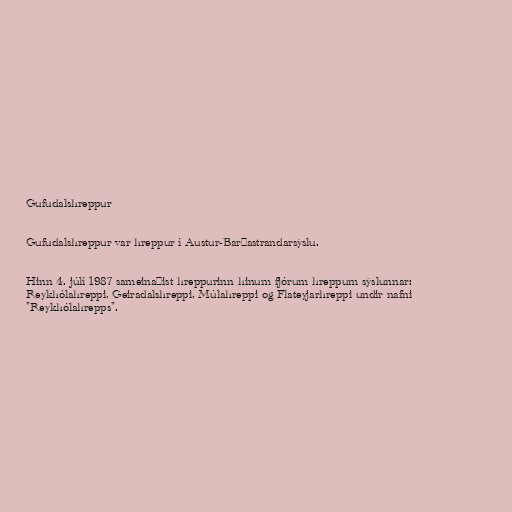
Gufudalshreppur

Gufudalshreppur var hreppur í Austur-Barðastrandarsýslu.

Hinn 4. júlí 1987 sameinaðist hreppurinn hinum fjórum hreppum sýslunnar:
Reykhólahreppi, Geiradalshreppi, Múlahreppi og Flateyjarhreppi undir nafni
"Reykhólahrepps".